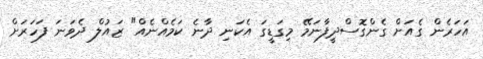
އަހަރެން ގެއަށް ގެންގޮސްދީފާނަމޭ މިގަޑީގަ އެކަނި ދާނެ ކަމެއްނެއް" ޒައުލް ދެވަނަ ފަހަރަށް